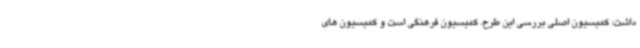
داشت: کمیسیون اصلی بررسی این طرح، کمیسیون فرهنگی است و کمیسیون های